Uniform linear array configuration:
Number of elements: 64
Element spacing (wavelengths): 0.75
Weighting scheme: hamming
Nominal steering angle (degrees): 0
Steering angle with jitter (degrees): -0.667
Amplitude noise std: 0.05
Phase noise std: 0.05

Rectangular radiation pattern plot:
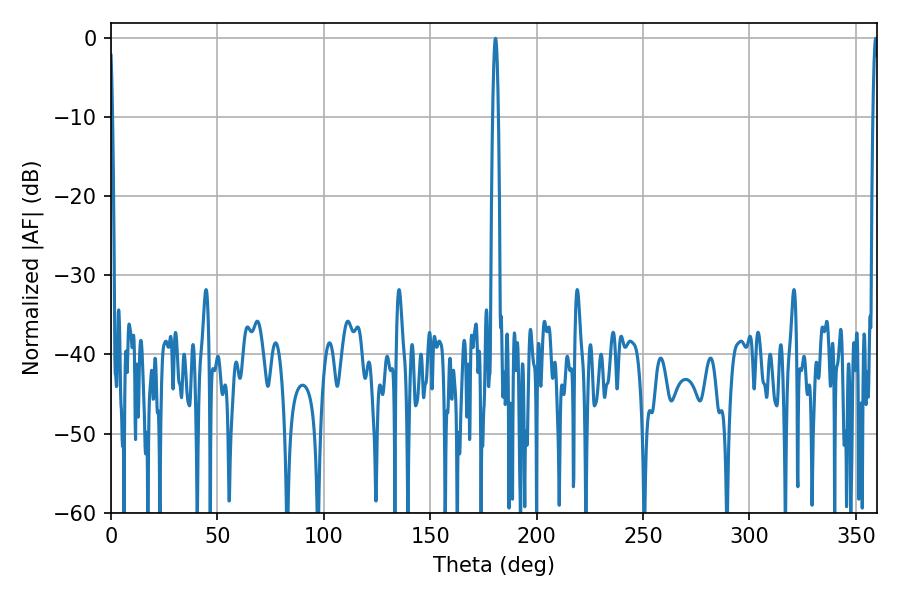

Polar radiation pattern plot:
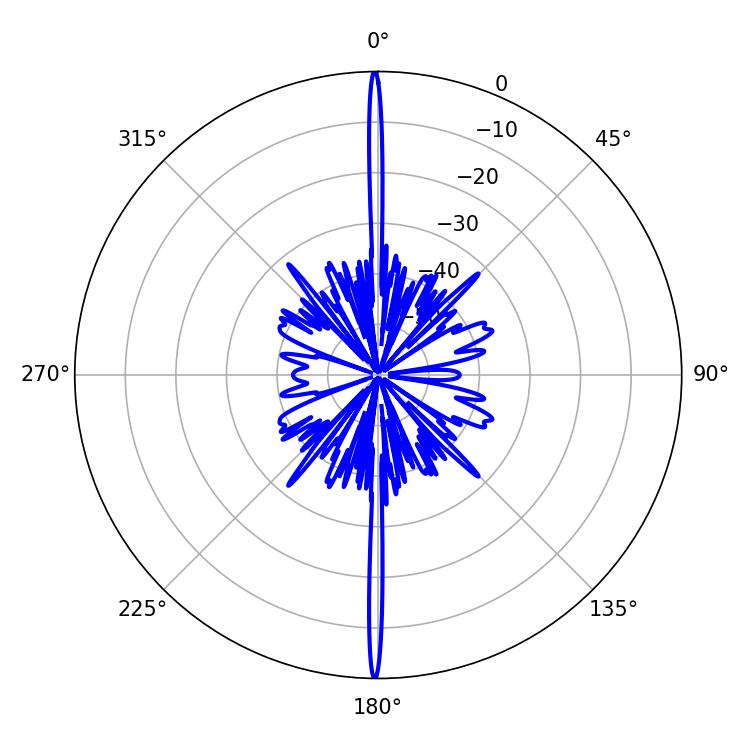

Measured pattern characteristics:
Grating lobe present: TRUE
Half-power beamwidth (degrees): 1.44
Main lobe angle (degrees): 359.28